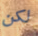
لكن